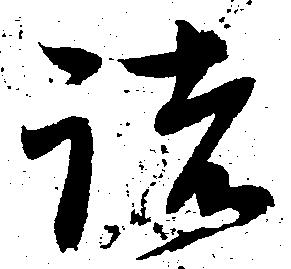
諸